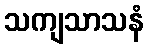
သကျသာသနံ